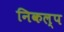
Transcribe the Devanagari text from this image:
निकल्प